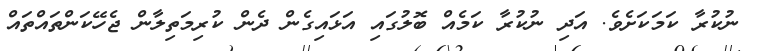
ނުކުރާ ކަމަކަށެވެ. އަދި ނުކުރާ ކަމެއް ބޮލުގައި އަޅައިގެން ދެން ކުރިމަތިލާން ޖެހޭކަންތައްތައް